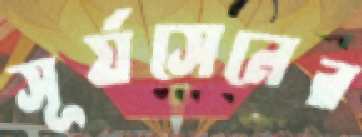
সূর্যসেনের